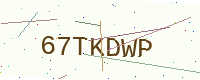
Text: 67TKDWP